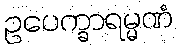
ဥပေက္ခာရမ္မဏံ